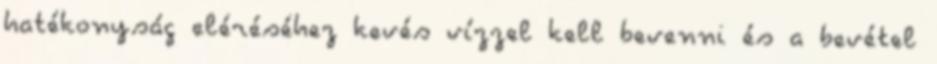
hatékonyság eléréséhez kevés vízzel kell bevenni és a bevétel